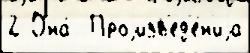
2 Она́  Проjизв'ед'е́н'иjа